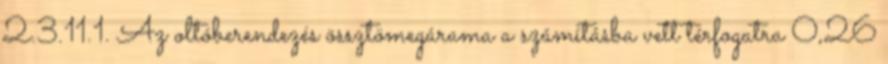
2.3.11.1. Az oltóberendezés össztömegárama a számításba vett térfogatra 0,26